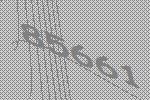
85661